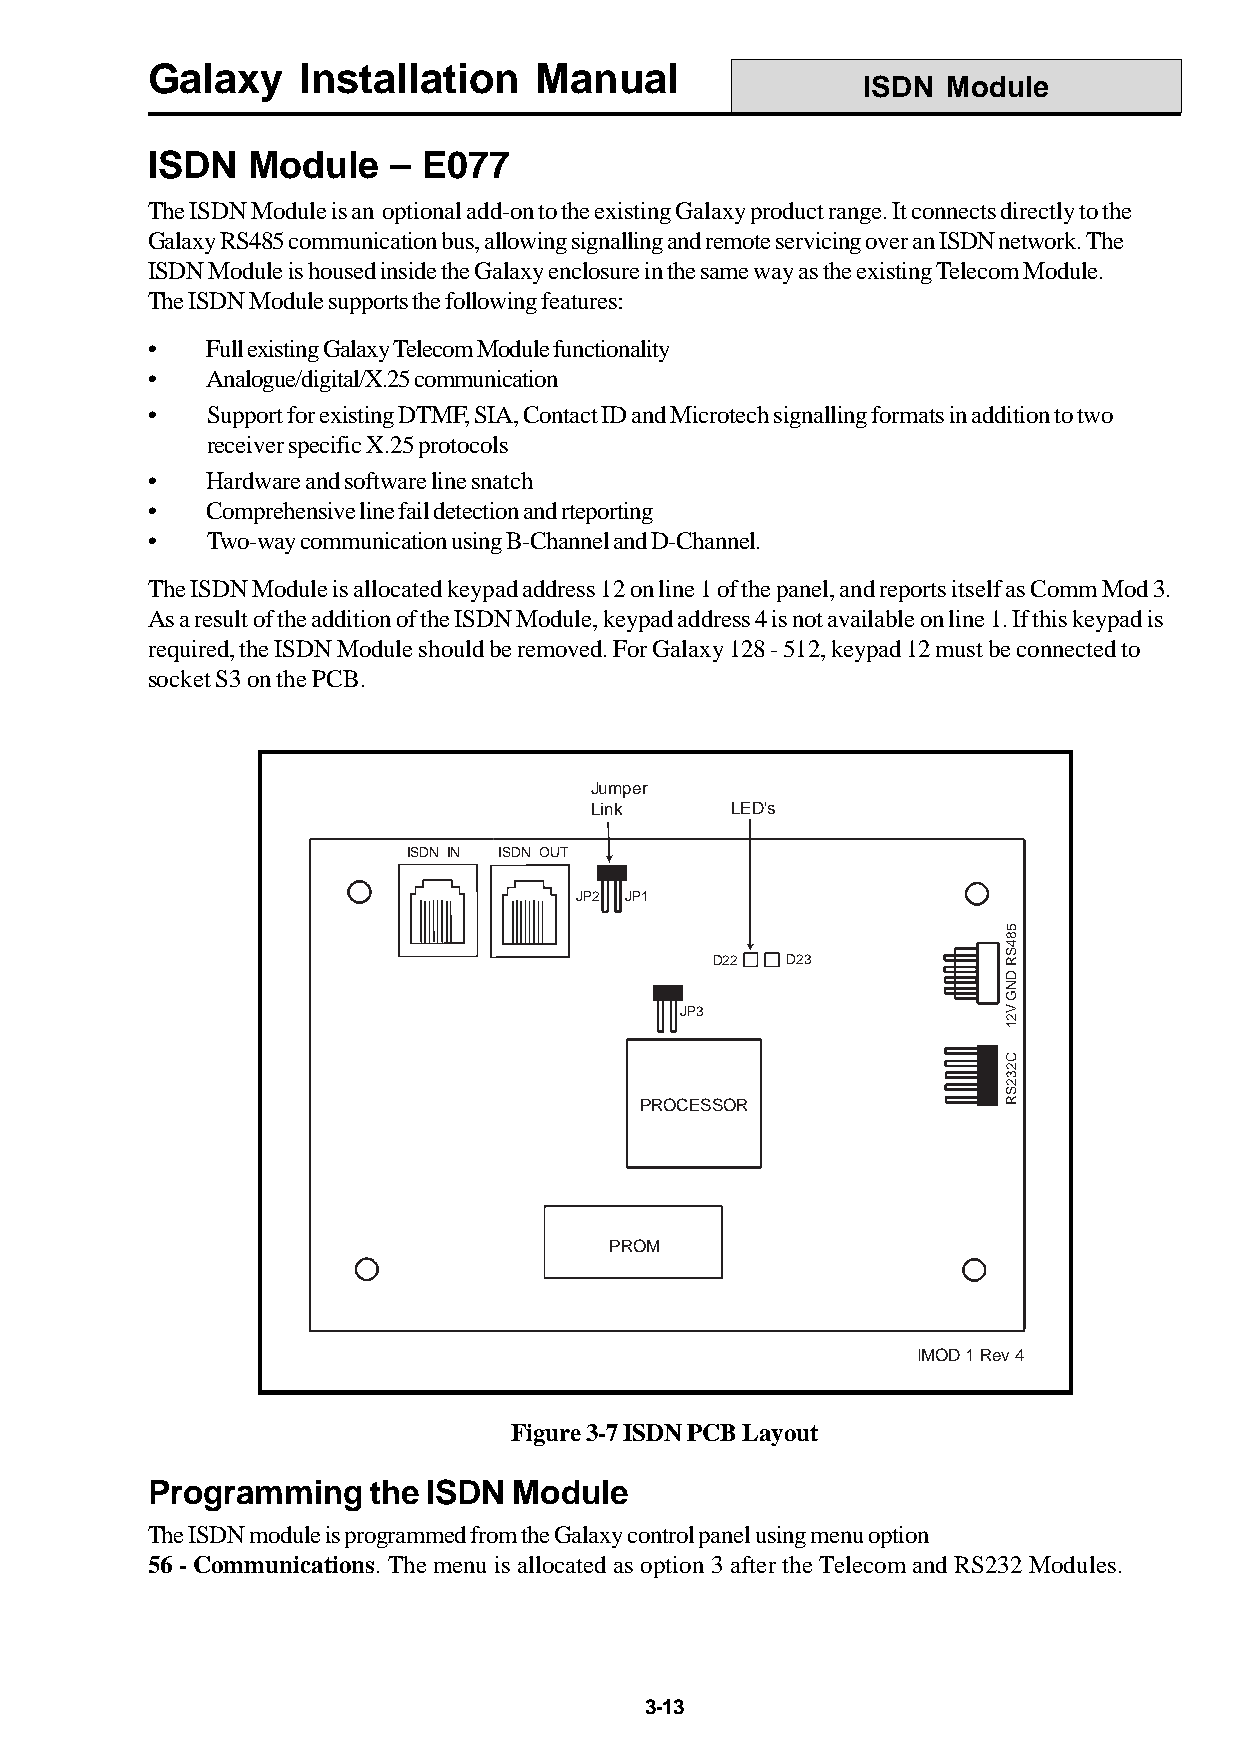
Galaxy    Installation   Manual
 ISDN  Module
 ISDN  Module    – E077
 The ISDN Module is an optional add-on to the existing Galaxy product range. It connects directly to the
 Galaxy RS485 communication bus, allowing signalling and remote servicing over an ISDN network. The
 ISDN Module is housed inside the Galaxy enclosure in the same way as the existing Telecom Module.
 The ISDN Module supports the following features:
 •   Full existing Galaxy Telecom Module functionality
 •   Analogue/digital/X.25 communication
 •   Support for existing DTMF, SIA, Contact ID and Microtech signalling formats in addition to two
 receiver specific X.25 protocols
 •   Hardware and software line snatch
 •   Comprehensive line fail detection and rteporting
 •   Two-way communication using B-Channel and D-Channel.
 The ISDN Module is allocated keypad address 12 on line 1 of the panel, and reports itself as Comm Mod 3.
 As a result of the addition of the ISDN Module, keypad address 4 is not available on line 1. If this keypad is
 required, the ISDN Module should be removed. For Galaxy 128 - 512, keypad 12 must be connected to
 socket S3 on the PCB.
 Jumper
 Link     LED's
 ISDN IN ISDN OUT
 JP2 JP1
 D22  D23
 JP3
 PROCESSOR
 PROM
 IMOD 1 Rev 4
 Figure 3-7 ISDN PCB Layout
 Programming   the ISDN  Module
 The ISDN module is programmed from the Galaxy control panel using menu option
 56 - Communications. The menu is allocated as option 3 after the Telecom and RS232 Modules.
 3-13
 584SR
 DNG
 V21
 C232SR